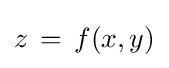
z\,=\,f(x,y)